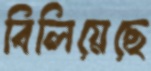
বিলিয়েছে